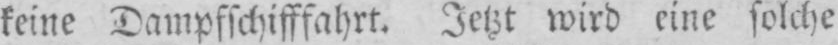
keine Dampfschifffahrt. Jetzt wird eine solche